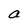
Character: a